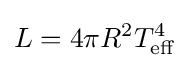
L=4\pi R^{2}T_{\text{eff}}^{4}